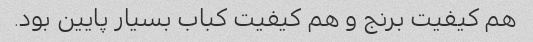
هم کیفیت برنج و هم کیفیت کباب بسیار پایین بود.